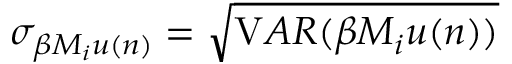
\sigma _ { \beta M _ { i } u ( n ) } = \sqrt { { \mathrm { V } A R } ( \beta M _ { i } u ( n ) ) }